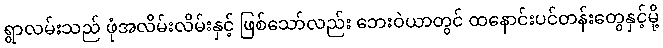
ရွာလမ်းသည် ဖုံအလိမ်းလိမ်းနှင့် ဖြစ်သော်လည်း ဘေးဝဲယာတွင် ထနောင်းပင်တန်းတွေနှင့်မို့